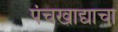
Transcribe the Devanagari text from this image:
पंचखाद्याचा